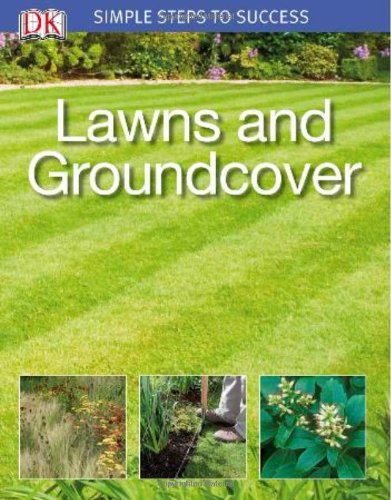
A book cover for Simple Steps to Success: Lawns and Groundcover; DK Publishing; Crafts, Hobbies & Home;